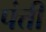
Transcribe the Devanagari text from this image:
पंत्ती